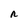
Character: n